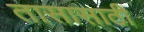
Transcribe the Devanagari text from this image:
तासासाठी